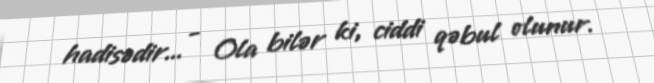
hadisədir... - Ola bilər ki, ciddi qəbul olunur.